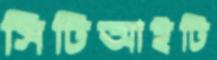
সিটিআইটি